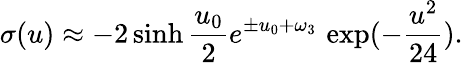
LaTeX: \sigma(u)\approx-2\sinh{\frac{u_{0}}{2}}e^{\pm u_{0}+\omega_{3}}\, \exp(-{\frac{u^{2}}{24}}).